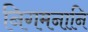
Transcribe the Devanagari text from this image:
निगमनानि